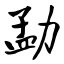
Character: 勐